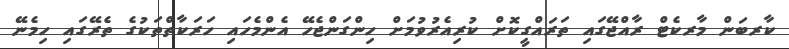
ކާރބަން މާރކެޓް ރާއްޖޭގައި ތަރައްގީކޮށް ކުރިއެރުވުމަށް ހިންގަންޖެހޭ އެންމެހައި ހަރަކާތްތަކުގެ ތެރޭގައި ހިމެނޭ